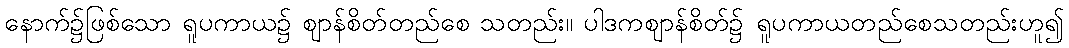
နောက်၌ဖြစ်သော ရူပကာယ၌ ဈာန်စိတ်တည်စေ သတည်း။ ပါဒကဈာန်စိတ်၌ ရူပကာယတည်စေသတည်းဟူ၍